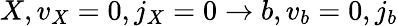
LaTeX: X,v_{X}=0,j_{X}=0\to b,v_{b}=0,j_{b}